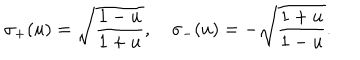
\sigma _ { + } ( u ) = \sqrt { { \frac { 1 - u } { 1 + u } } } , \quad \sigma _ { - } ( u ) = - \sqrt { { \frac { 1 + u } { 1 - u } } } .